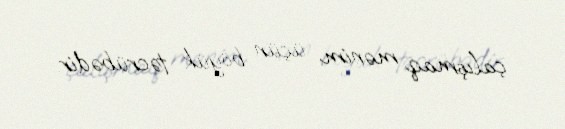
çalışmaq mənim üçün böyük təcrübədir.